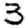
Digit: 3